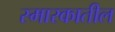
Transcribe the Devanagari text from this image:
स्मारकातील